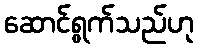
ဆောင်ရွက်သည်ဟု